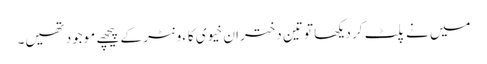
میں نے پلٹ کر دیکھا تو تین دختران خیوی کاءونٹر کے پیچھے موجود تھیں۔